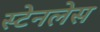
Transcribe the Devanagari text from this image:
स्‍टेनलेस